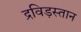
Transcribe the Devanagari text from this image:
द्रविड़स्तान